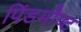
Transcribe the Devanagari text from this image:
पिंडमौण्ट